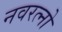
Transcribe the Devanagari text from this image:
नवरत्नो